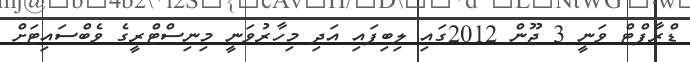
ޑްރާފްޓް ވަނީ 3 ޖޫން 2012ގައި ލިބިފައި އަދި މިހާރުވަނީ މިނިސްޓްރީގެ ވެބްސައިޓަށް